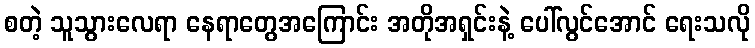
စတဲ့ သူသွားလေရာ နေရာတွေအကြောင်း အတိုအရှင်းနဲ့ ပေါ်လွင်အောင် ရေးသလို